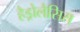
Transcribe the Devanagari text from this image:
हैड्रोलैसिस